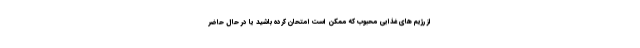
از رژیم های غذایی محبوب که ممکن است امتحان کرده باشید یا در حال حاضر